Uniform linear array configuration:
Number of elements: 4
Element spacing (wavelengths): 0.25
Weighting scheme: binomial
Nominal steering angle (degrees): -45
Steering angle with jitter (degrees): -43.992
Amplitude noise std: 0.05
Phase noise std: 0.05

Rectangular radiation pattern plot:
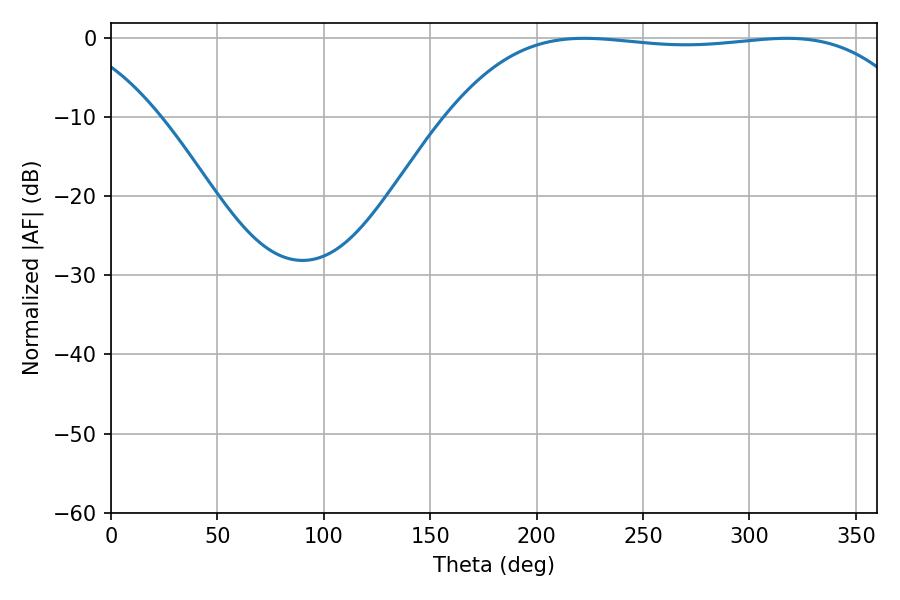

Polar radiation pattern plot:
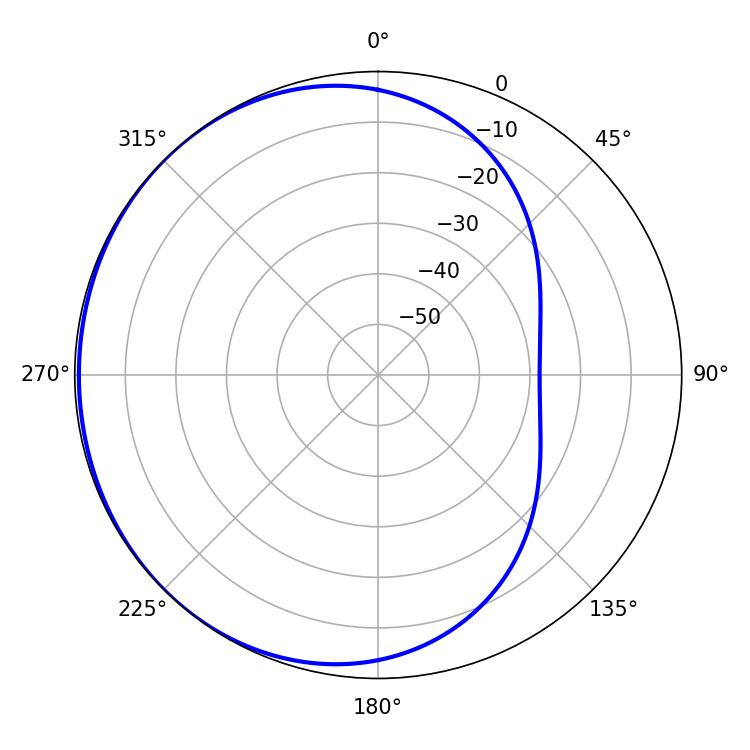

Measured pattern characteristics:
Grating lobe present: FALSE
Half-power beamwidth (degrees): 173.16
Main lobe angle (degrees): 222.48